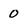
Character: 0